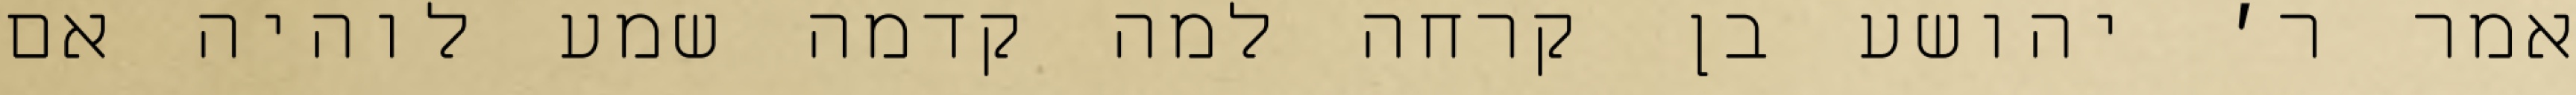
אמר ר׳ יהושע בן קרחה למה קדמה שמע לוהיה אם